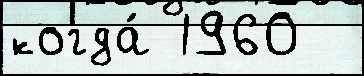
когда́ 1960